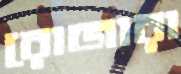
রোজারা